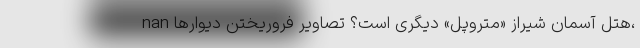
nan هتل آسمان شیراز «متروپل» دیگری است؟ تصاویر فرو‌ریختن دیوارها،